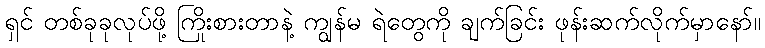
ရှင် တစ်ခုခုလုပ်ဖို့ ကြိုးစားတာနဲ့ ကျွန်မ ရဲတွေကို ချက်ခြင်း ဖုန်းဆက်လိုက်မှာနော်။